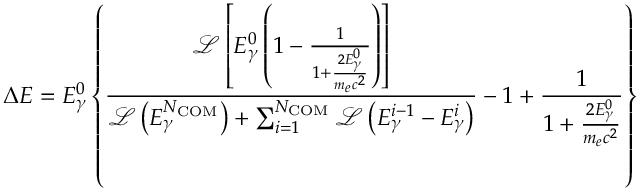
\Delta E = E _ { \gamma } ^ { 0 } \left\{ \frac { \mathcal { L } \left[ E _ { \gamma } ^ { 0 } \left( 1 - \frac { 1 } { 1 + \frac { 2 E _ { \gamma } ^ { 0 } } { m _ { e } c ^ { 2 } } } \right) \right] } { \mathcal { L } \left( E _ { \gamma } ^ { N _ { \mathrm { C O M } } } \right) + \sum _ { i = 1 } ^ { N _ { \mathrm { C O M } } } \mathcal { L } \left( E _ { \gamma } ^ { i - 1 } - E _ { \gamma } ^ { i } \right) } - 1 + \frac { 1 } { 1 + \frac { 2 E _ { \gamma } ^ { 0 } } { m _ { e } c ^ { 2 } } } \right\}